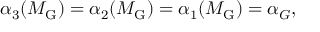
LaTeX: \alpha _ { 3 } ( M _ { \mathrm { G } } ) = \alpha _ { 2 } ( M _ { \mathrm { G } } ) = \alpha _ { 1 } ( M _ { \mathrm { G } } ) = \alpha _ { G } ,